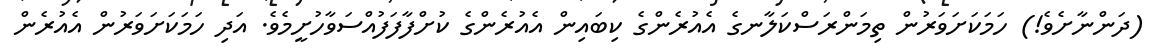
(ދަންނާށެވެ!) ހަމަކަށަވަރުން ތިމަންރަސްކަލާނގެ އެއުރެންގެ ކިބައިން އެއުރެންގެ ކުށްފާފަފުއްސަވާހުށީމެވެ. އަދި ހަމަކަށަވަރުން އެއުރެން